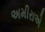
અમીરાએ